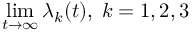
\operatorname* { l i m } _ { t \to \infty } \lambda _ { k } ( t ) , \; k = 1 , 2 , 3